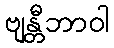
ဗျန္တီဘာဝါ